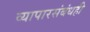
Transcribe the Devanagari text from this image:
व्यापारसंबंधही